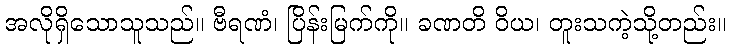
အလိုရှိသောသူသည်။ ဗီရဏံ၊ ပြိန်းမြက်ကို။ ခဏတိ ဝိယ၊ တူးသကဲ့သို့တည်း။